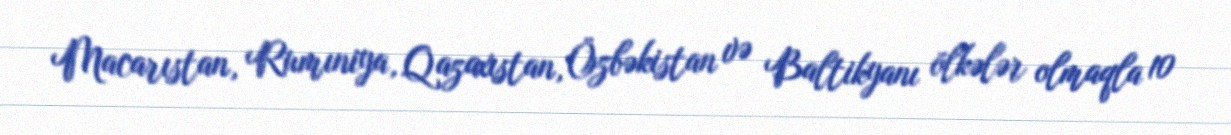
Macarıstan, Rumıniya, Qazaxıstan, Özbəkistan və Baltikyanı ölkələr olmaqla 10